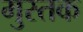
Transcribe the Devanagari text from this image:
मुस्तक